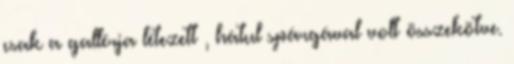
csak a gallérja létezett , hátul spárgával volt összekötve.